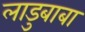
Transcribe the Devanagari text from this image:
लाडुबाबा